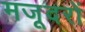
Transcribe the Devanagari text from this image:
मजूदरों